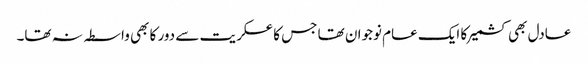
عادل بھی کشمیر کا ایک عام نوجوان تھا جس کا عسکریت سے دور کا بھی واسطہ نہ تھا۔